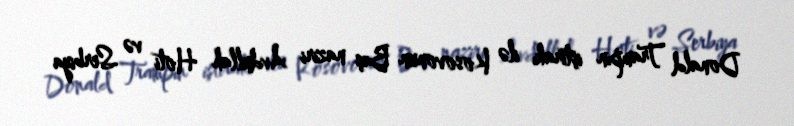
Donald Trampın iştirakı ilə Kosovonun Baş naziri Avdullah Hoti və Serbiya